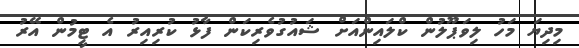
މިދިޔަ މަހު ލިވަޕޫލުން ކްލައިންއަށް ޝައުގުވެރިކަން ފާޅު ކުރިއިރު އެ ޓީމުން އޭރު